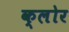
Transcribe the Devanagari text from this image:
क्लोर